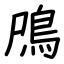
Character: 鳲